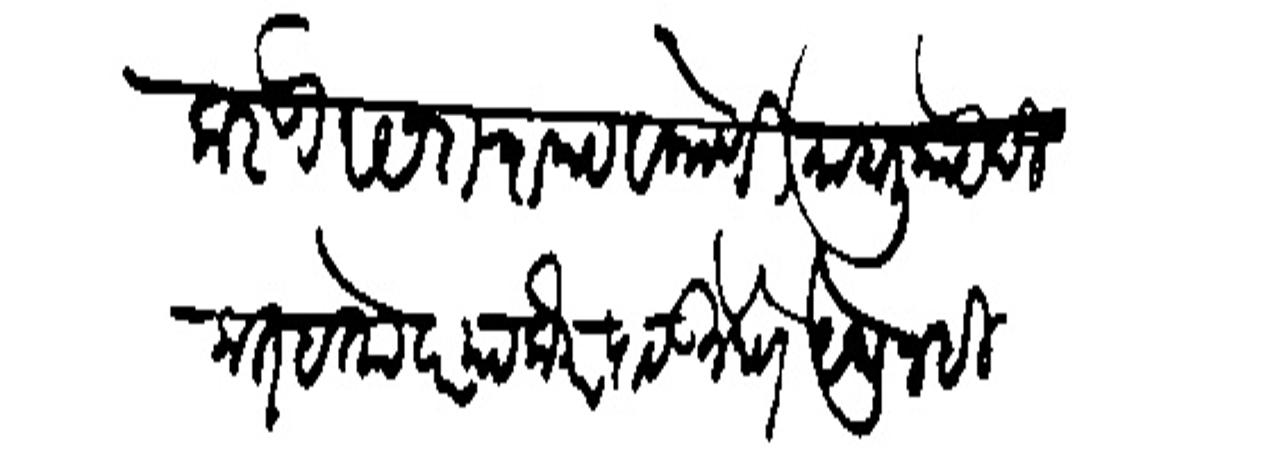
Transliteration (Devanagari): करणे रसदाचा पट व कोणी माहाली काये दिकत हे तावार पट लौकर पाठऊन देणे येथूनहि